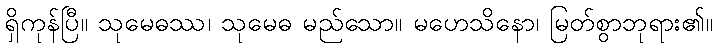
ရှိကုန်ပြီ။ သုမေဓဿ၊ သုမေဓ မည်သော။ မဟေသိနော၊ မြတ်စွာဘုရား၏။